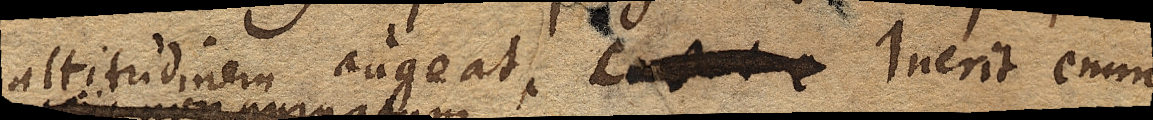
altitudinem augeat. Constat e Inerit enim